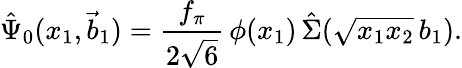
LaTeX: \hat{\Psi}_{0}(x_{1},\vec{b}_{1})=\frac{f_{\pi}}{2\sqrt{6}}\, \phi(x_{1})\, \hat{\Sigma}(\sqrt{x_{1}x_{2}}\, b_{1}).